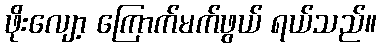
ဖိုးလျော့ ကြောက်မက်ဖွယ် ရယ်သည်။